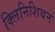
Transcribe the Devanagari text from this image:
क्लिनिशियन